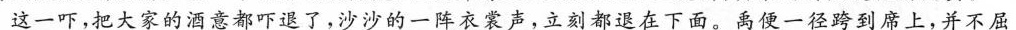
这一吓,把大家的酒意都吓退了,沙沙的一阵衣裳曾,立刻都退在下面。离便一径跨到席上,并不屈